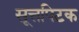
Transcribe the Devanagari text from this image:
सूत्तपिटक